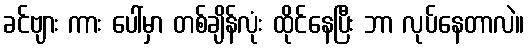
ခင်ဗျား ကား ပေါ်မှာ တစ်ချိန်လုံး ထိုင်နေပြီး ဘာ လုပ်နေတာလဲ။